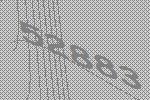
52883